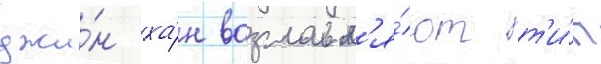
джи́н ха́н возглавл'я́ют т'и́п